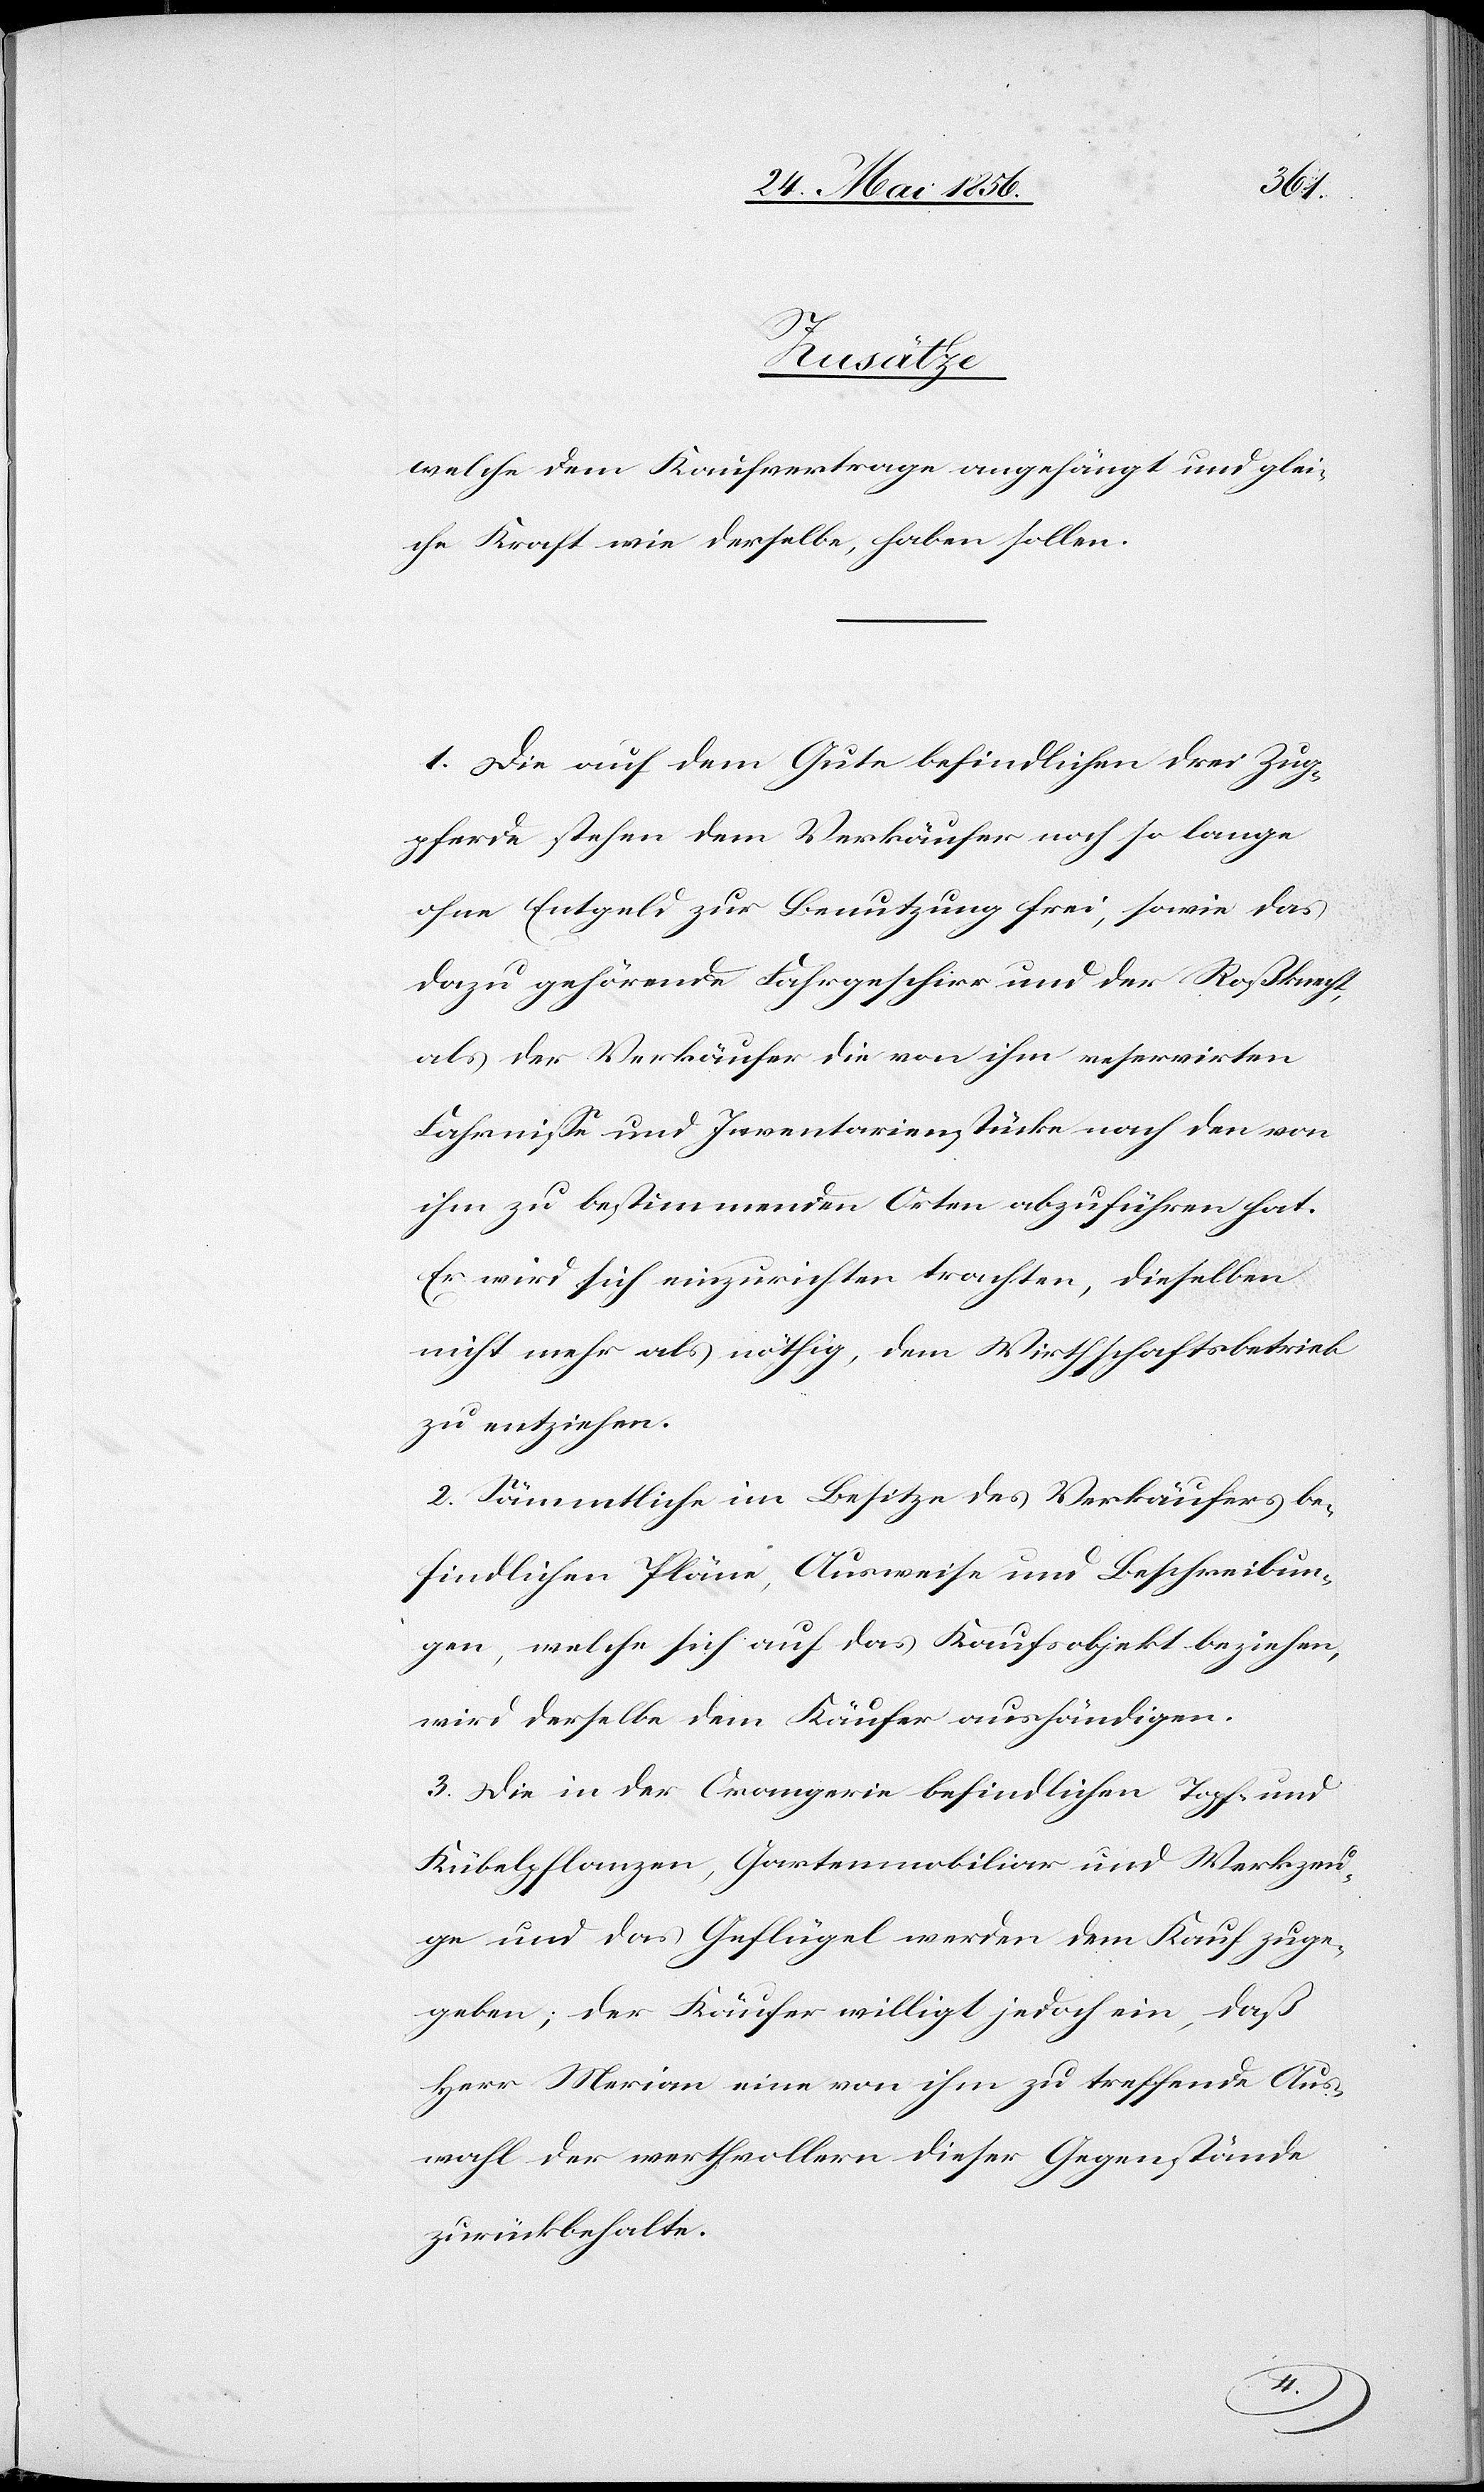
Zusätze
welche dem Kaufvertrage angehängt und glei¬
che Kraft wie derselbe haben sollen.
1. Die auf dem Gute befindlichen drei Zug¬
pferde stehen dem Verkäufer noch so lange
ohne Entgeld zur Benutzung frei, sowie das
dazu gehörende Fahrgeschirr und der Roßknecht,
als der Verkäufer die von ihm reservirten
Fahrnisse und Inventarienstücke nach den von
ihm zu bestimmenden Orten abzuführen hat.
Er wird sich einzurichten trachten, dieselben
nicht mehr als nöthig, dem Wirthschaftsbetrieb
zu entziehen.
2. Sämmtliche im Besitze des Verkäufers be¬
findlichen Pläne, Ausweise und Beschreibun¬
gen, welche sich auf das Kaufsobjekt beziehen,
wird derselbe dem Käufer aushändigen.
3. Die in der Orangerie befindlichen Topf- und
Kübelpflanzen, Gartenmobiliar und Werkzeu¬
ge und das Geflügel werden dem Kauf zuge¬
geben; der Käufer willigt jedoch ein, daß
Herr Merian eine von ihm zu treffende Aus¬
wahl der werthvollern dieser Gegenstände
zurückbehalte.